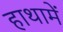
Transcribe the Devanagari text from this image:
हाथामें